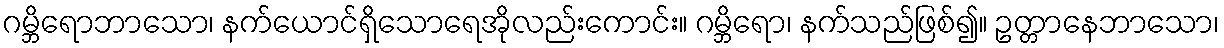
ဂမ္ဘိရောဘာသော၊ နက်ယောင်ရှိသောရေအိုလည်းကောင်း။ ဂမ္ဘိရော၊ နက်သည်ဖြစ်၍။ ဥတ္တာနေဘာသော၊